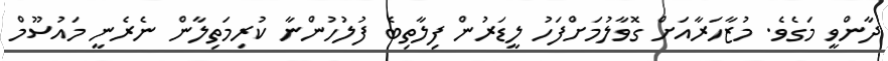
ދާންވީ މަގެވެ. މުޒާހަރާއަށް ގޮވާލުމަށްފަހު ލީޑަރުން ފިލާތިބެ ފުލުހުންނާ ކުރިމަތިލާން ނެރެނީ މައުސޫމް